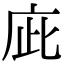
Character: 庛